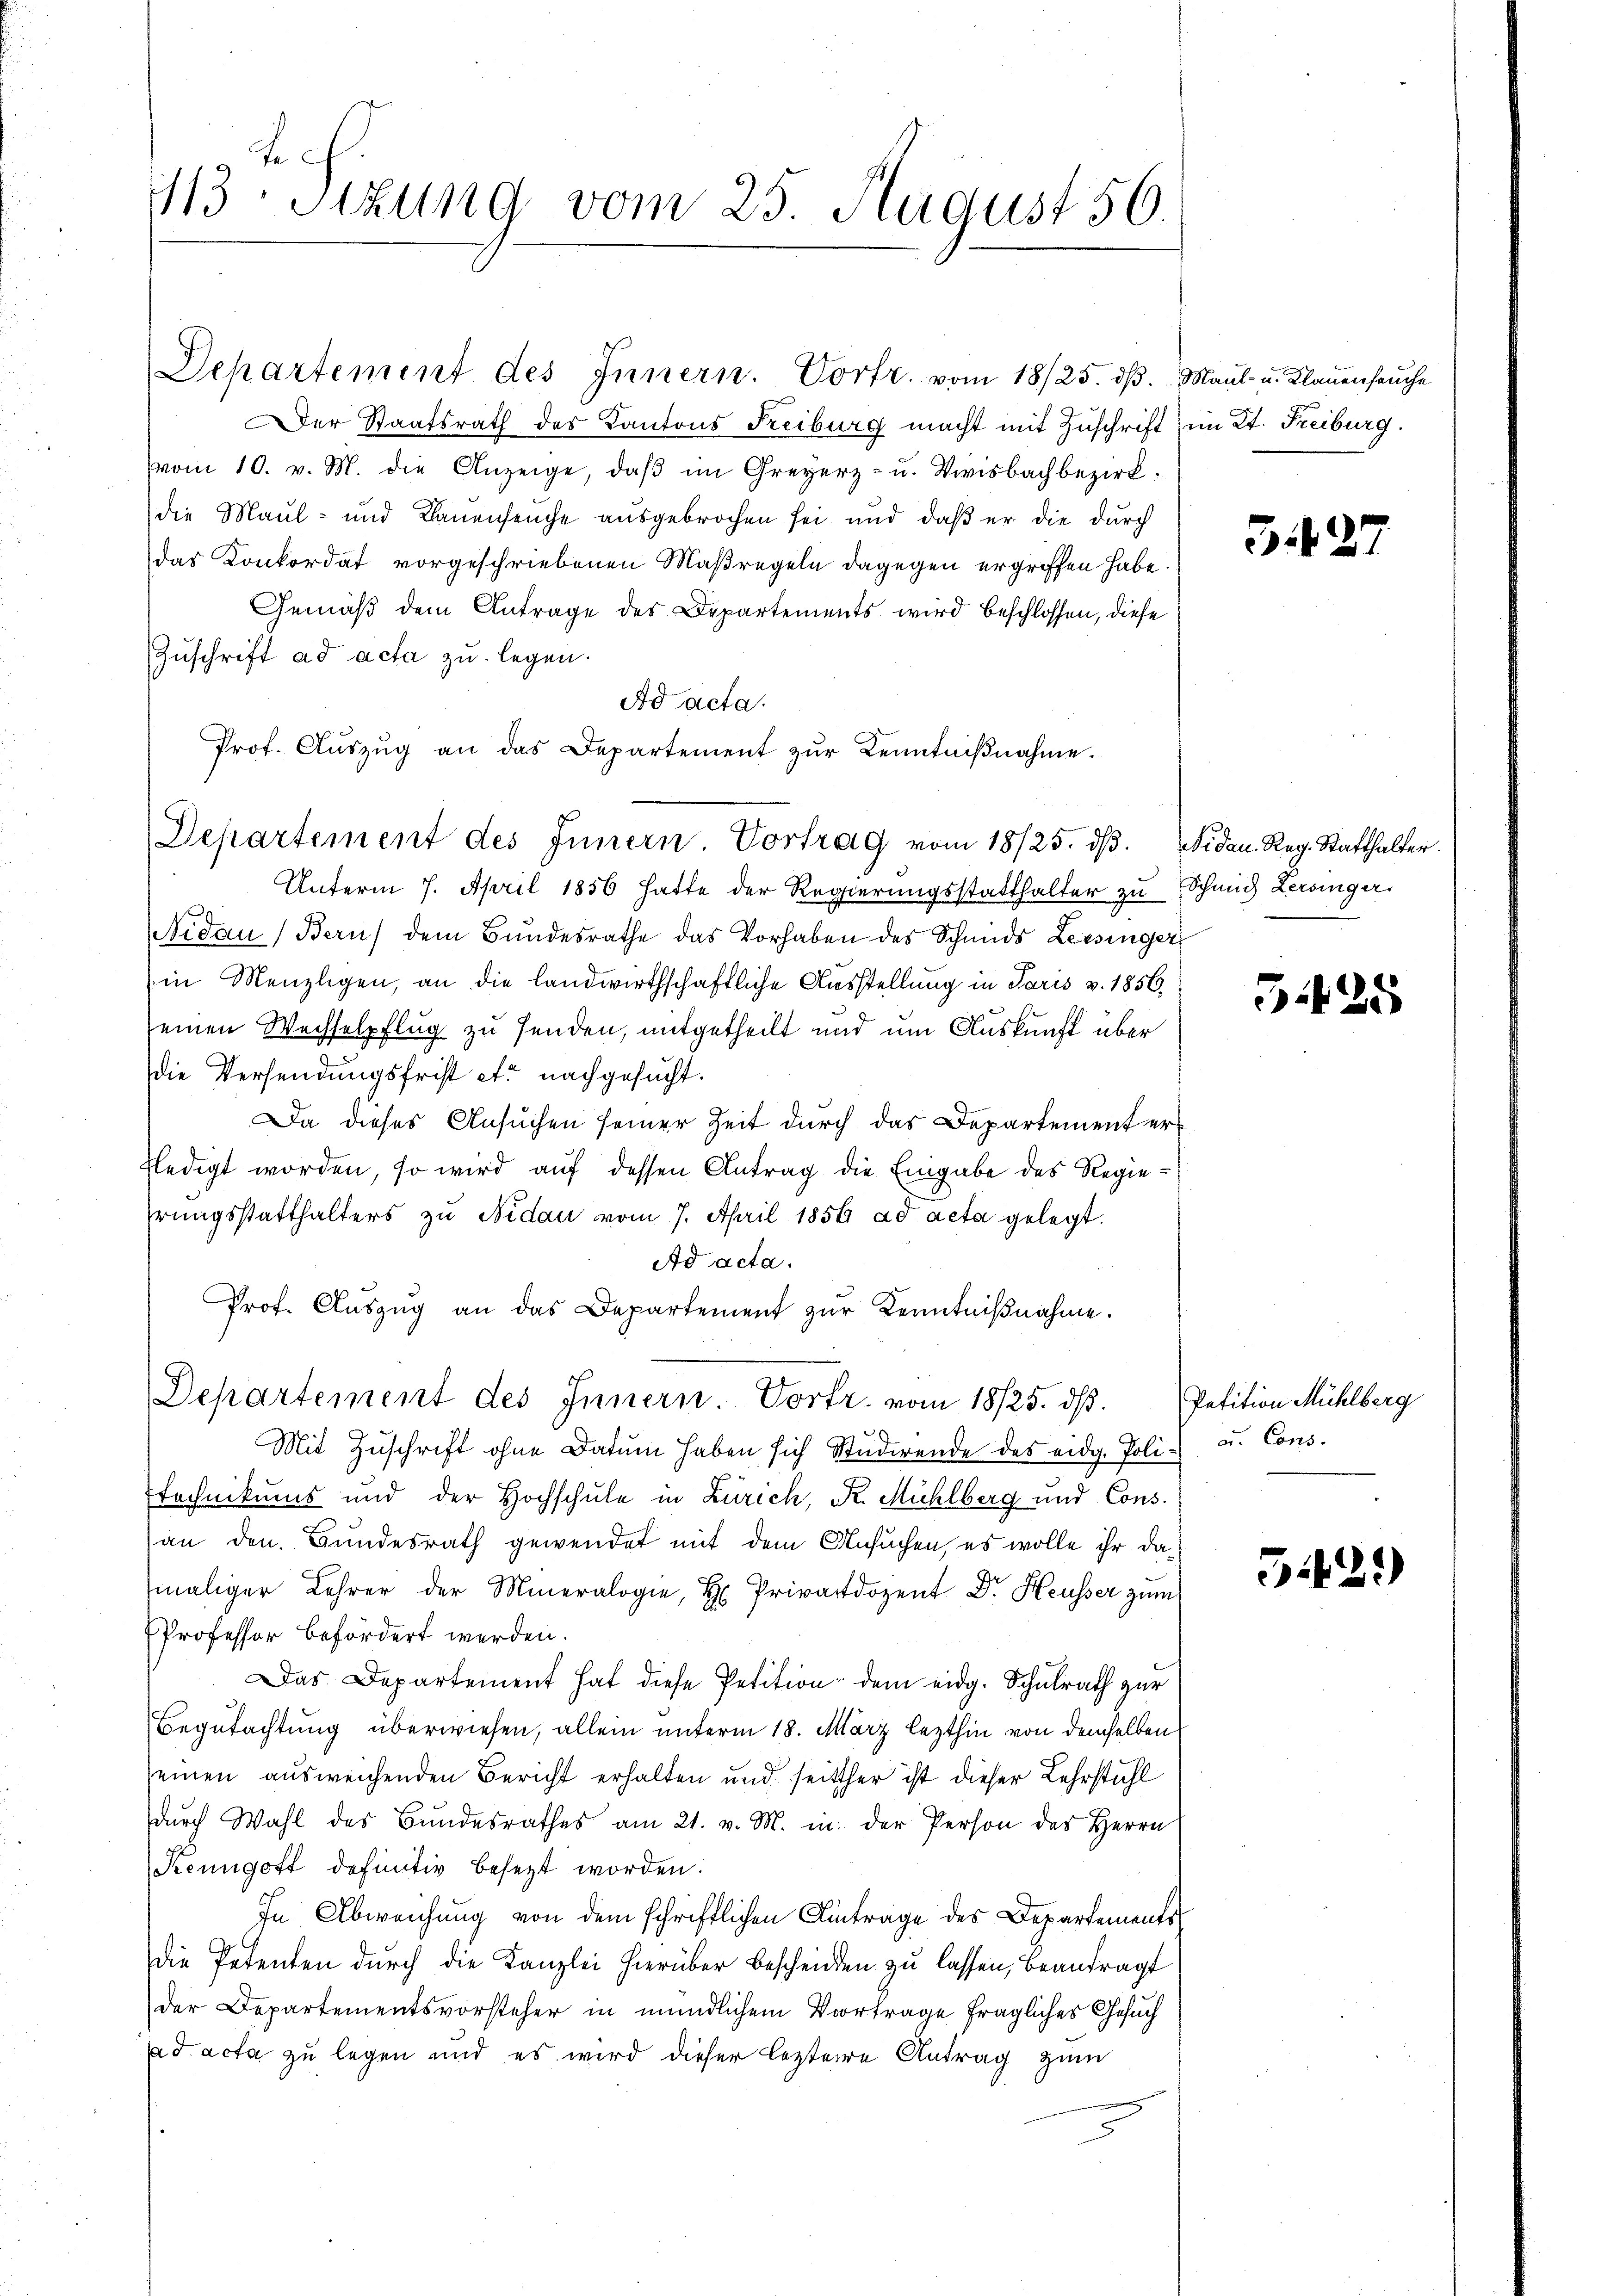
13: Stzung vom 25. August 56.

Der Staatsrath des Kantons Freiburg macht mit Zuschrift im Kt. Freiburg.
vom 10. v. M. die Anzeige, daβ im Greyerz- u. Vieisbachbezirk
die Maul- und Bauenseuche ausgebrochen sei und daß er die durch
das Konkordat vorgeschriebenen Maßregeln dagegen ergriffen habe.
Gemäß dem Antrage des Departements wird beschlossen, diese
Zuschrift ad acta zu legen.
Ad acta.
Prof. Aŭszŭg an das Departement zŭr Kenntniβnahme.
Unterm 7. April 1856 hatte der Regierungsstatthalter zu Schmid Lersinger
Nidau, Bern) dem Bundesrathe das Vorhaben des Schmids Lessinger
Ein Menzligen, an die landwirthschaftliche Ausstellung in Paris v. 1856
seinen Wechselpflug zu senden, mitgetheilt und um Auskunft über
die Versendungsfrist et nachgesucht.
Da dieses Ansuchen seiner Zeit durch das Departement erfledigt worden, so wird auf dessen Antrag die Eingabe des Regierungsstatthalters zu Nidau vom 7. April 1856 ad acta gelegt.
Ad acta.
Prof. Aŭszŭg an das Departement zŭr Kenntniβnahme.
Departement des Innern. Vortr. vom 18/25. ds.
Mit Zuschrift ohne Datum haben sich Studirende des eidg. Poli¬
Technikums und der Hochschule in Zürich, K. Mühlberg und Cons.
an den Bundesrath gewendet mit dem Ansuchen, es wolle ihr damaliger Lehrer der Mineralogie, H. Privatdozent Dr. Heusser zum
Professor befördert werden.
Das Departement hat diese Petition dem eidg. Schulrath zur
Begutachtung überwiesen, allein unterm 18. März lezthin von demselben
einen ausweichenden Bericht erhalten und seither ist dieser Lehrstuhl
dŭrch Wahl des Bŭndesrathes am 21. v. M. in der Person des Herrn
Keungott definitiv besezt worden.
In Abweichung von dem schriftlichen Eintrage des Departements
Die Petenten durch die Kanzlei hierüber bescheiden zu lassen, beantragt
der Departementsvorsteher in mündlichem Vortrage fragliches Gesuch
ad acta zu legen und es wird dieser leztere Antrag zum

Departement des Innern. Vortrag vom 18/25. ds.

Departement des Innern. Vortr. vom 18/25. dβ. Maul- u. Klaŭenseuche

542

Nidau. Reg. Statthalter.

5425

Petition Mühlberg
u. Cons.

5.42.